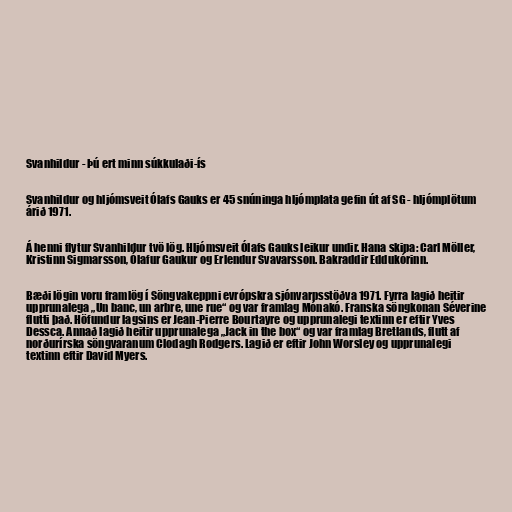
Svanhildur - Þú ert minn súkkulaði-ís

Svanhildur og hljómsveit Ólafs Gauks er 45 snúninga hljómplata gefin út af SG - hljómplötum
árið 1971.

Á henni flytur Svanhildur tvö lög. Hljómsveit Ólafs Gauks leikur undir. Hana skipa: Carl Möller,
Kristinn Sigmarsson, Ólafur Gaukur og Erlendur Svavarsson. Bakraddir Eddukórinn.

Bæði lögin voru framlög í Söngvakeppni evrópskra sjónvarpsstöðva 1971. Fyrra lagið heitir
upprunalega „Un banc, un arbre, une rue“ og var framlag Mónakó. Franska söngkonan Séverine
flutti það. Höfundur lagsins er Jean-Pierre Bourtayre og upprunalegi textinn er eftir Yves
Dessca. Annað lagið heitir upprunalega „Jack in the box“ og var framlag Bretlands, flutt af
norðurírska söngvaranum Clodagh Rodgers. Lagið er eftir John Worsley og upprunalegi
textinn eftir David Myers.